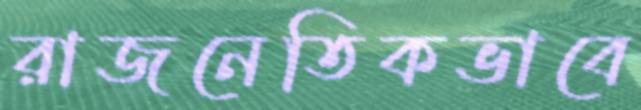
রাজনেতিকভাবে